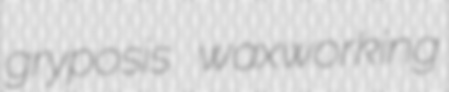
gryposis waxworking